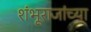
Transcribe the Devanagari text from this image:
शंभूराजांच्या